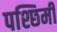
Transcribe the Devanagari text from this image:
पश्छिमी